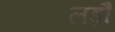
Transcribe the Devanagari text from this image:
लड़ौं